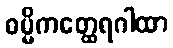
ဓမ္မိကတ္ထေရဂါထာ